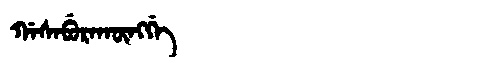
Manchu: ᡤᠠᠰᠠᠪᡠᡵᠠᡴᡡᠩᡤᡝ
Romanization: GASABURAKŪNGGE